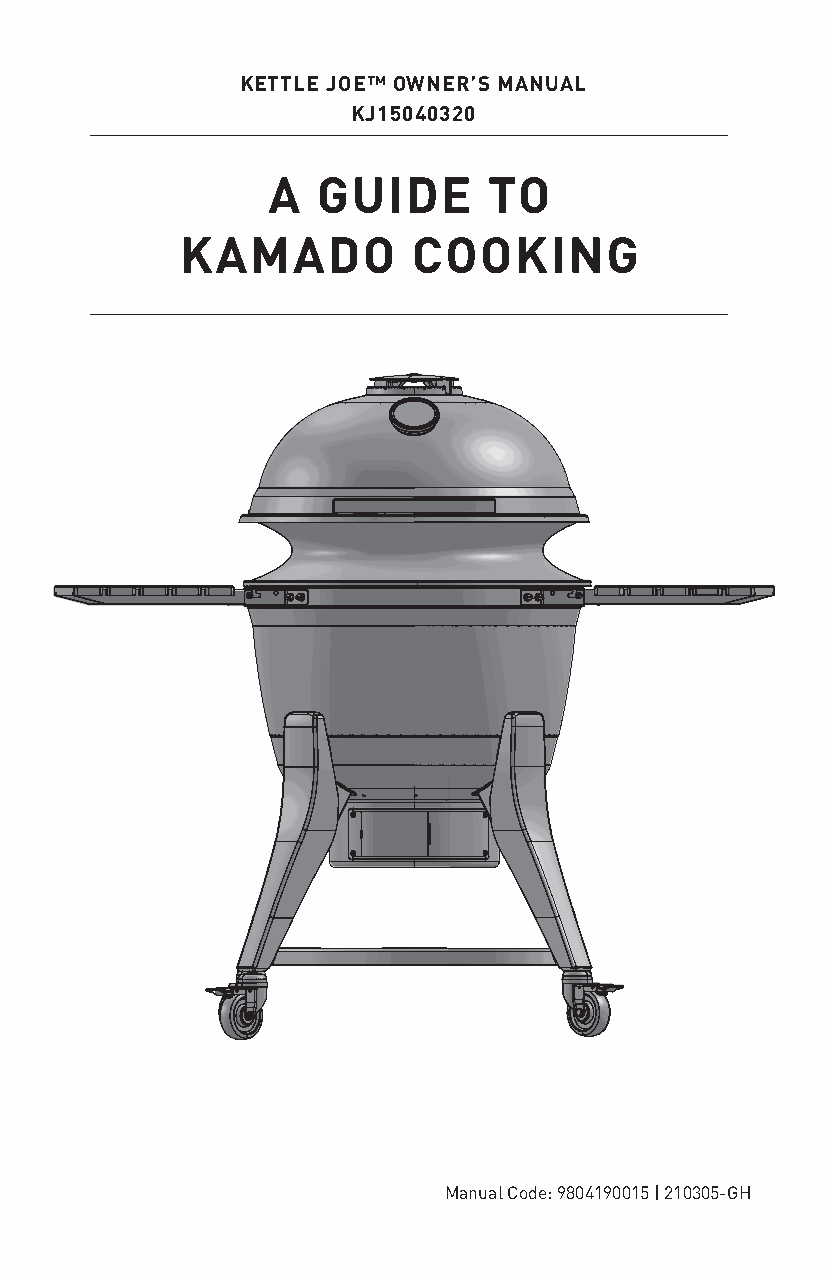
KETTLE JOE™ OWNER’S MANUAL
 KJ15040320
 A  GUIDE      TO
 KAMADO         COOKING
 Manual Code: 9804190015 | 210305-GH